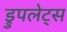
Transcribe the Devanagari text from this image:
ड्रुपलेट्स